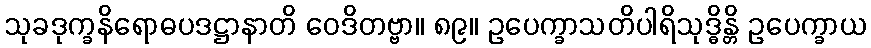
သုခဒုက္ခနိရောဓပဒဋ္ဌာနာတိ ဝေဒိတဗ္ဗာ။ ၈၉။ ဥပေက္ခာသတိပါရိသုဒ္ဓိန္တိ ဥပေက္ခာယ